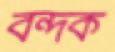
বন্দক